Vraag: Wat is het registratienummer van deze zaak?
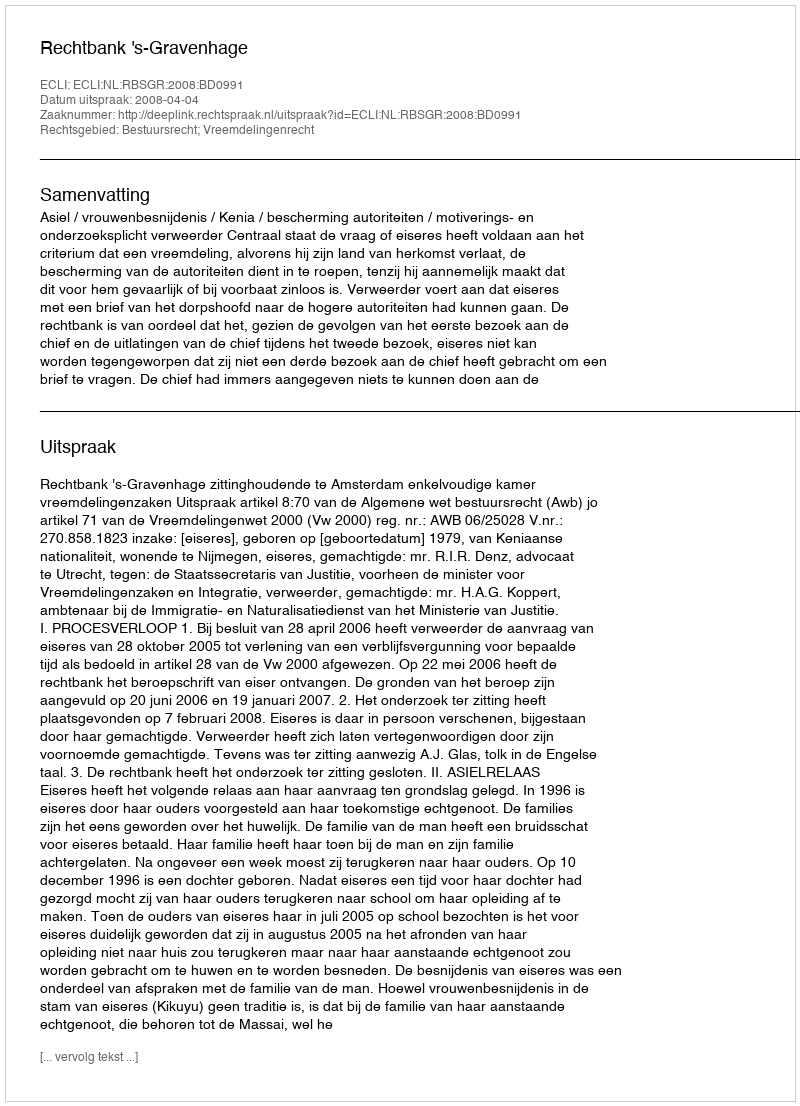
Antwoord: http://deeplink.rechtspraak.nl/uitspraak?id=ECLI:NL:RBSGR:2008:BD0991